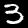
Label: 3